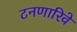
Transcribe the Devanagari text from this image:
टनणारिवे